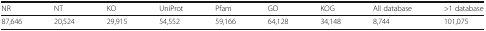
| NR | NT | KO | UniProt | Pfam | GO | KOG | All database | >1 database |
 | --- | --- | --- | --- | --- | --- | --- | --- | --- |
 | 87,646 | 20,524 | 29,915 | 54,552 | 59,166 | 64,128 | 34,148 | 8,744 | 101,075 |